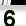
Digit: 6